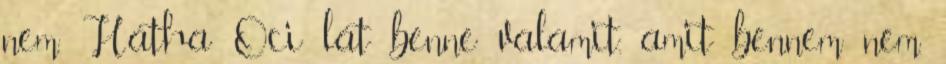
nem. Hátha Oci lát benne valamit, amit bennem nem.